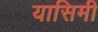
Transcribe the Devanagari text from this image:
यासिमी